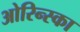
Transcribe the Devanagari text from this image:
ओरिन्स्का